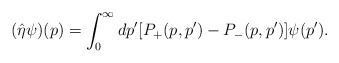
\begin{align*}(\hat{\eta}\psi)(p) = \int_0^\infty dp' [P_+(p,p') - P_-(p,p')]\psi(p').\end{align*}